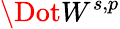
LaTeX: \Dot{W}^{s,p}